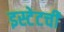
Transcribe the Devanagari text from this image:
इस्टेटची